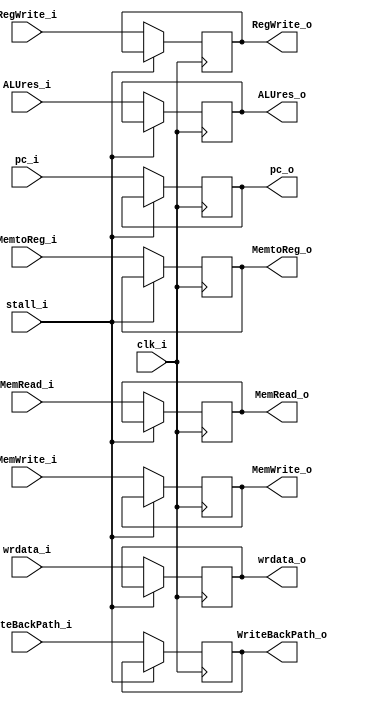
// TODO: remove pc 
module EXMEM
(
	clk_i,
	pc_i, ALUres_i, wrdata_i,
	pc_o, ALUres_o, wrdata_o,
	MemRead_i, MemWrite_i, RegWrite_i, MemtoReg_i,
	MemRead_o, MemWrite_o, RegWrite_o, MemtoReg_o,
	WriteBackPath_i, WriteBackPath_o,
	stall_i
);

input					clk_i;
input			[31:0]	pc_i, ALUres_i, wrdata_i;
output	reg		[31:0]	pc_o = 32'd0, ALUres_o = 32'd0, wrdata_o = 32'd0;

// Control Signal
input			MemRead_i, MemWrite_i, RegWrite_i, MemtoReg_i, stall_i;
output	reg		MemRead_o = 1'b0, MemWrite_o = 1'b0, RegWrite_o = 1'b0, MemtoReg_o = 1'b0;

// Write path
input		[4:0]	WriteBackPath_i;
output 	reg	[4:0]	WriteBackPath_o = 5'b0;

always@(posedge clk_i) begin
	if(~stall_i) begin
		pc_o <= pc_i;
		ALUres_o <= ALUres_i;
		wrdata_o <= wrdata_i;
		// Control signal
		MemRead_o <= MemRead_i;
		MemWrite_o <= MemWrite_i;
		RegWrite_o <= RegWrite_i;
		MemtoReg_o <= MemtoReg_i;
		// Writeback path
		WriteBackPath_o <= WriteBackPath_i;
	end
end

endmodule